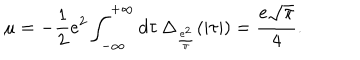
LaTeX: \mu = - \frac { 1 } { 2 } e ^ { 2 } \int _ { - \infty } ^ { + \infty } d \tau \, \Delta _ { \frac { e ^ { 2 } } { \pi } } ( | \tau | ) = \frac { e \sqrt { \pi } } { 4 } .